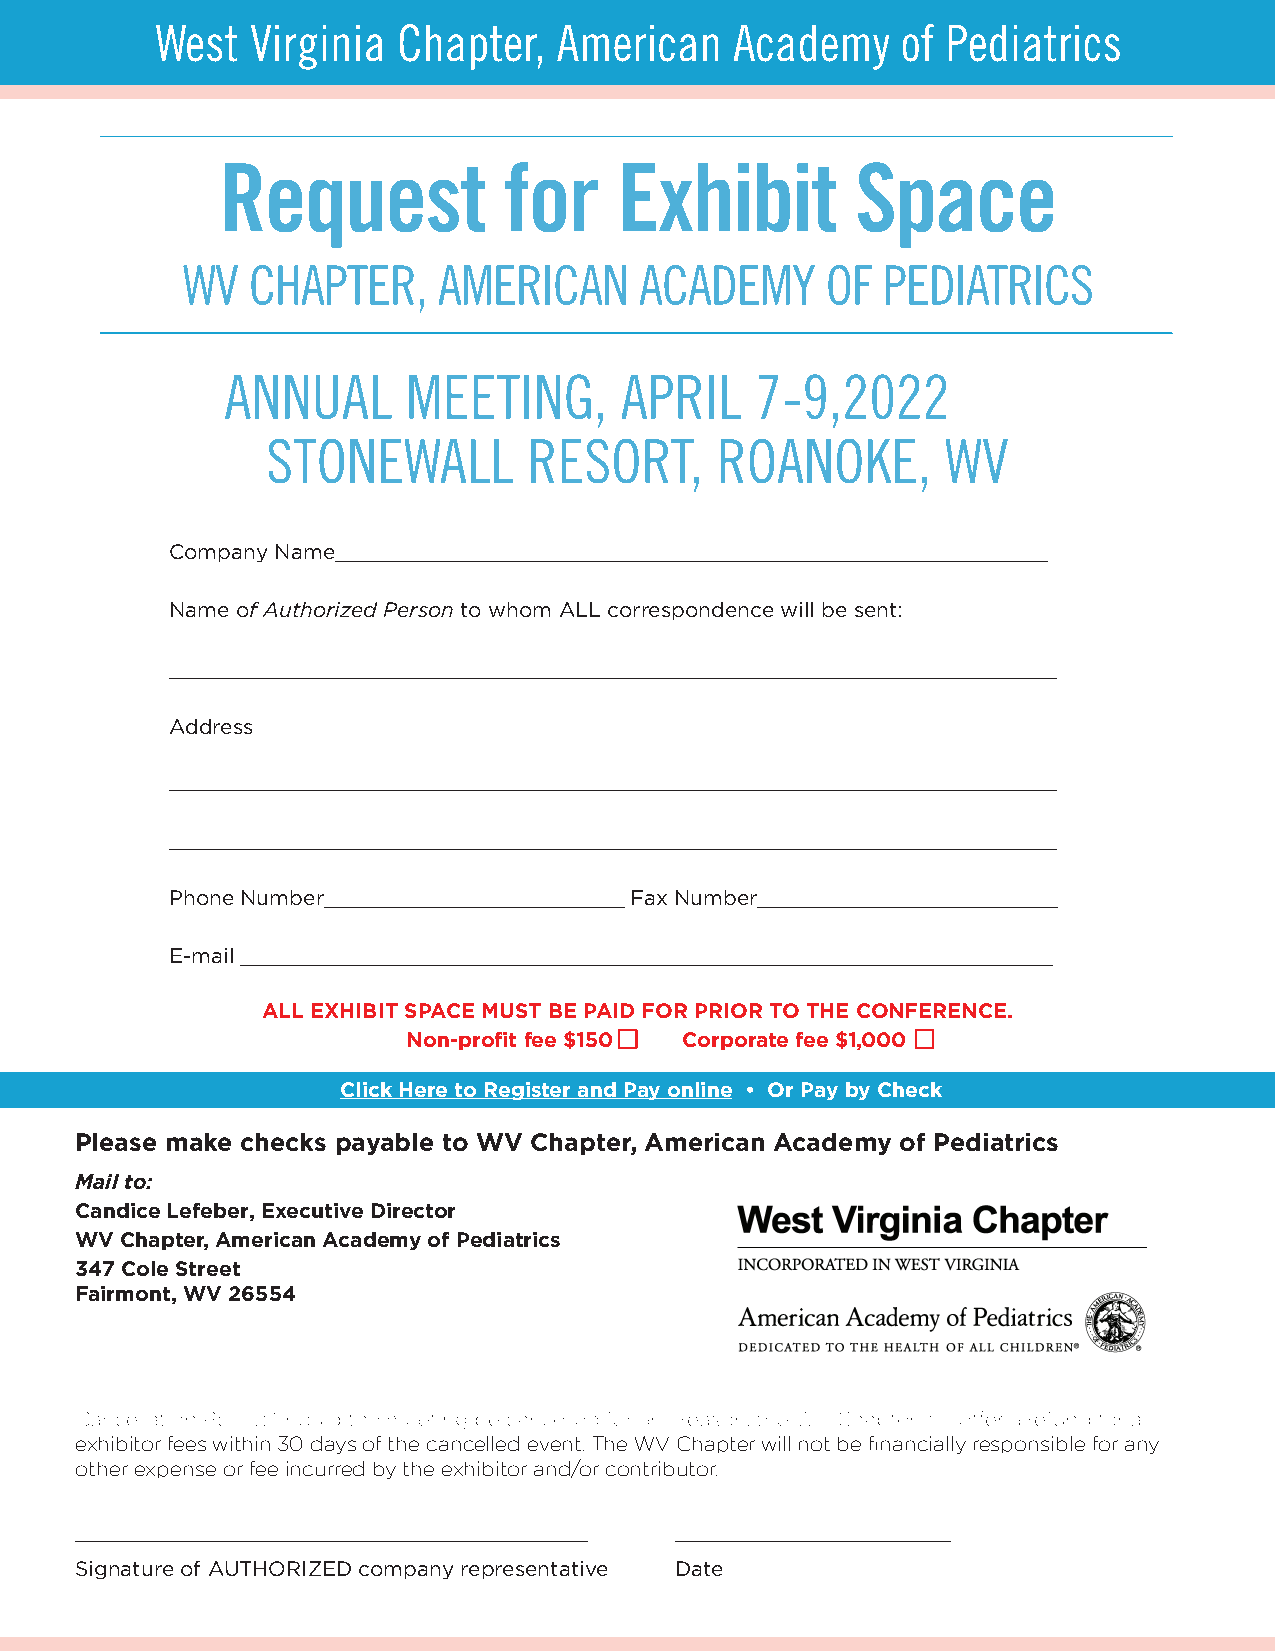
West   Virginia Chapter,   American    Academy    of Pediatrics
 Request           for     Exhibit         Space
 WV  CHAPTER,     AMERICAN     ACADEMY      OF PEDIATRICS
 ANNUAL      MEETING,      APRIL    7-9,2022
 STONEWALL        RESORT,     ROANOKE,        WV
 Company Name_________________________________________________________
 Name of Authorized Person to whom ALL correspondence will be sent:
 _______________________________________________________________________
 Address
 _______________________________________________________________________
 _______________________________________________________________________
 Phone Number________________________ Fax Number________________________
 E-mail ________________________________ _________________________________
 ALL EXHIBIT SPACE MUST BE PAID FOR PRIOR TO THE CONFERENCE.
 Non-profit fee $150 Corporate fee $1,000
 Click Here to Register and Pay online • Or Pay by Check
 Please make checks payable to WV Chapter, American Academy of Pediatrics
 Mail to:
 Candice Lefeber, Executive Director
 WV Chapter, American Academy of Pediatrics
 347 Cole Street
 Fairmont, WV 26554
 exhibitor fees within 30 days of the cancelled event. The WV Chapter will not be financially responsible for any
 other expense or fee incurred by the exhibitor and/or contributor.
 _________________________________________ ______________________
 Signature of AUTHORIZED company representative Date